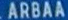
ARBAA